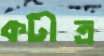
কটীত্র